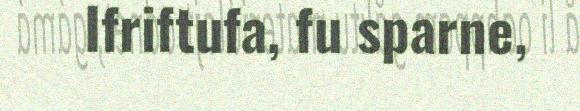
Ifriftufa, fu sparne,